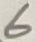
Text: 6